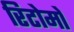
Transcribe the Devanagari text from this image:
रिटोमो